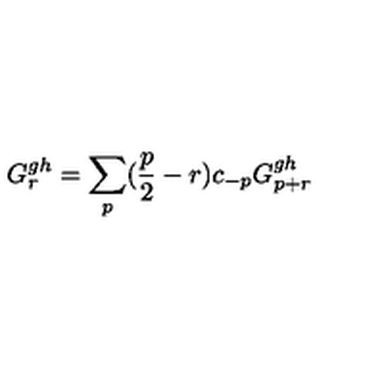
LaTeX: G _ { r } ^ { g h } = \sum _ { p } ( \frac { p } { 2 } - r ) c _ { - p } G _ { p + r } ^ { g h }